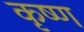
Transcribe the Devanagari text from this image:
कृष्‍ण्‍ा